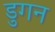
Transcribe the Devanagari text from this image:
डुगन